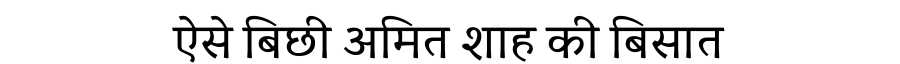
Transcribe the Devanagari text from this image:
ऐसे बिछी अमित शाह की बिसात